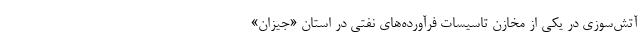
آتش‌سوزی در یکی از مخازن تاسیسات فرآورده‌های نفتی در استان «جیزان»